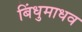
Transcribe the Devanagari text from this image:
बिंधुमाधव